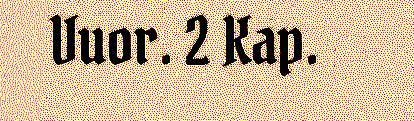
Vuor. 2 Kap.